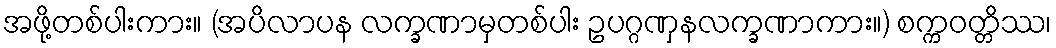
အဖို့တစ်ပါးကား။ (အပိလာပန လက္ခဏာမှတစ်ပါး ဥပဂ္ဂဏှနလက္ခဏာကား။) စက္ကဝတ္တိဿ၊